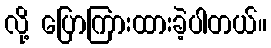
လို့ ပြောကြားထားခဲ့ပါတယ်။